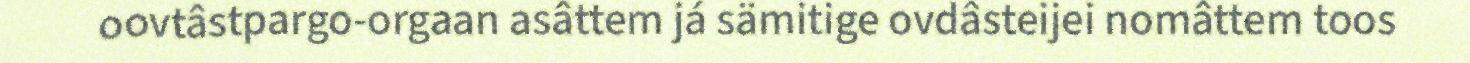
oovtâstpargo-orgaan asâttem já sämitige ovdâsteijei nomâttem toos